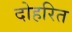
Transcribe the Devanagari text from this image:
दोहरित